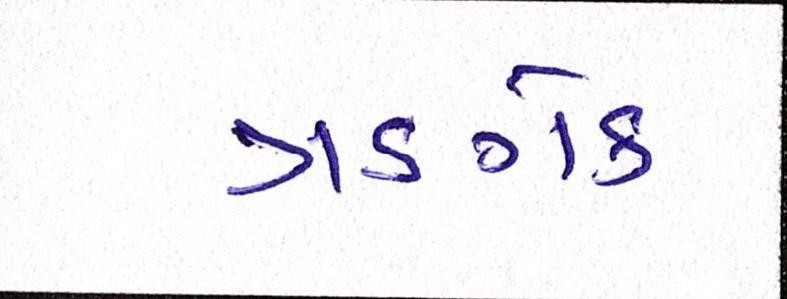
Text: ત્રણેક